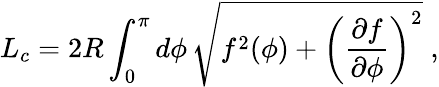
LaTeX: L_{c}=2R\int_{0}^{\pi}d\phi\, \sqrt{f^{2}(\phi)+\left(\frac{\partial f}{\partial\phi}\right)^{2}}\; ,